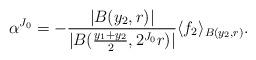
LaTeX: \begin{align*}\alpha^{J_{0}} = - \frac{|B(y_{2},r)|}{|B(\frac{y_{1}+y_{2}}{2},2^{J_{0}}r)|} \langle f_{2} \rangle_{B(y_{2},r)}.\end{align*}